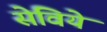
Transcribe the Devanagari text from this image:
सेविये